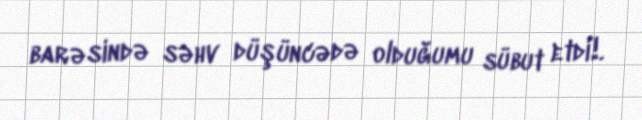
barəsində səhv düşüncədə olduğumu sübut etdi!.